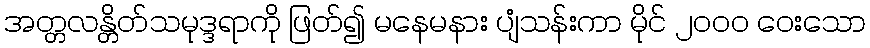
အတ္တလန္တိတ်သမုဒ္ဒရာကို ဖြတ်၍ မနေမနား ပျံသန်းကာ မိုင် ၂၀၀၀ ဝေးသော